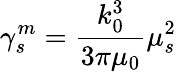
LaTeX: \gamma_{s}^{m}=\frac{k_{0}^{3}}{3\pi\mu_{0}}\mu_{s}^{2}